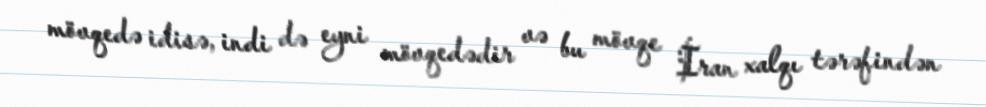
mövqedə idisə, indi də eyni mövqedədir və bu mövqe İran xalqı tərəfindən